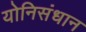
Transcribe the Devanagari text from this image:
योनिसंधान